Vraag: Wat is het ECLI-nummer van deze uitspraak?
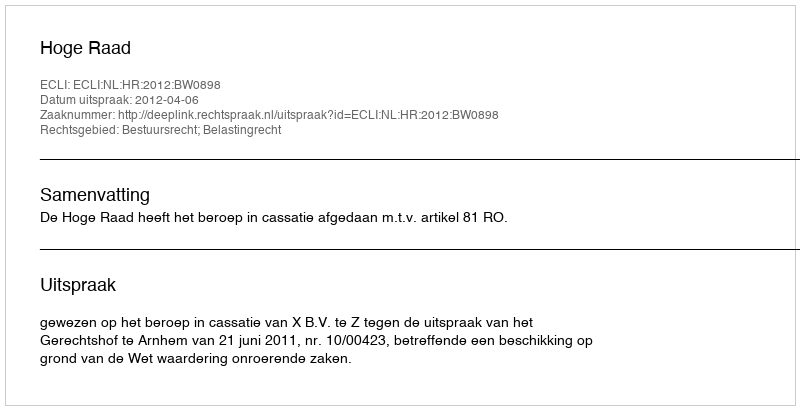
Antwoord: ECLI:NL:HR:2012:BW0898